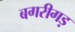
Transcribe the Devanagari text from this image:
बगरीगड़